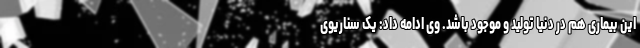
این بیماری هم در دنیا تولید و موجود باشد. وی ادامه داد: یک سناریوی